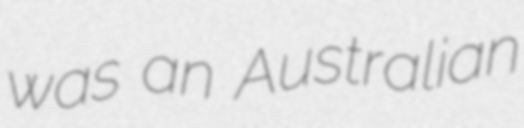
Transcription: was an Australian